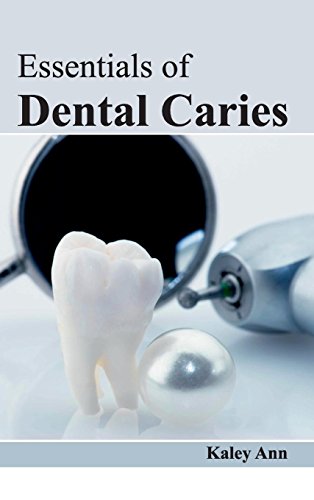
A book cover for Essentials of Dental Caries; Medical Books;